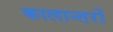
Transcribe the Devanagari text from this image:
कालान्तरों